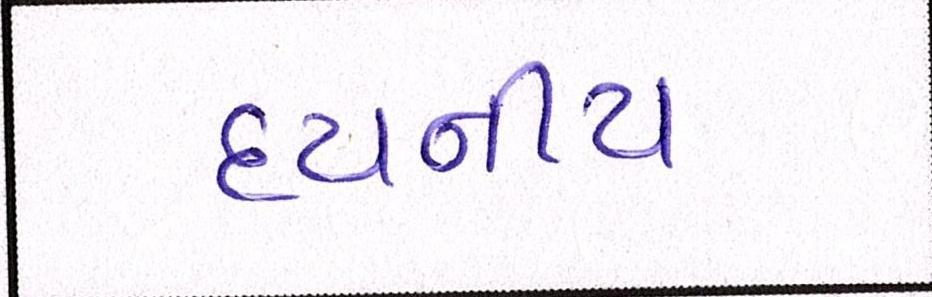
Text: દયનીય